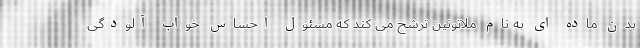
بدن ماده ای به نام ملاتونین ترشح می کند که مسئول احساس خواب آلودگی